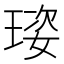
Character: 𤦾